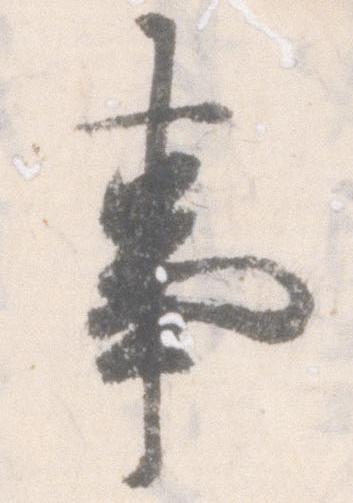
事